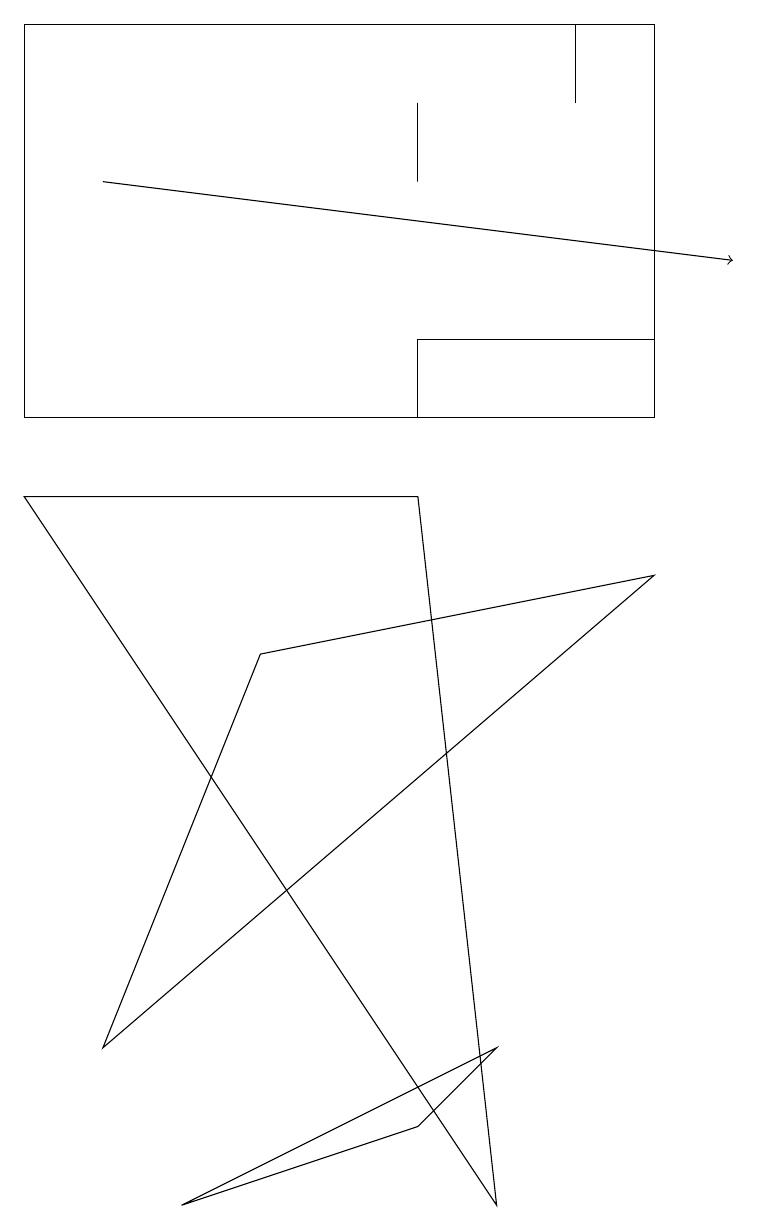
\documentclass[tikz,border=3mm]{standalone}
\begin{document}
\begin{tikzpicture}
\draw (2,0) -- (6,2) -- (5,1) -- cycle;
\draw (8,10) rectangle (5,11);
\draw (8,15) rectangle (0,10);
\draw (3,7) -- (8,8) -- (1,2) -- cycle;
\draw (5,14) rectangle (5,13);
\draw[->] (1,13) -- (9,12);
\draw (7,15) rectangle (7,14);
\draw (6,0) -- (0,9) -- (5,9) -- cycle;
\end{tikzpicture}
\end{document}